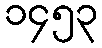
၁၄၅၃